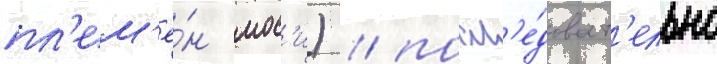
пл'ем'ё́н мос'и) / посл'е́доват'ельно